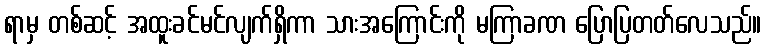
ရာမှ တစ်ဆင့် အထူးခင်မင်လျက်ရှိကာ သားအကြောင်းကို မကြာခဏ ပြောပြတတ်လေသည်။